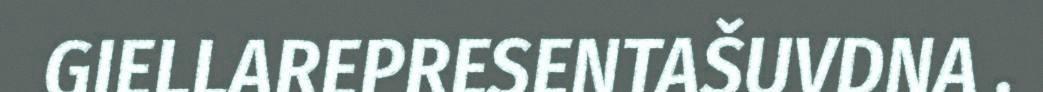
GIELLAREPRESENTAŠUVDNA .